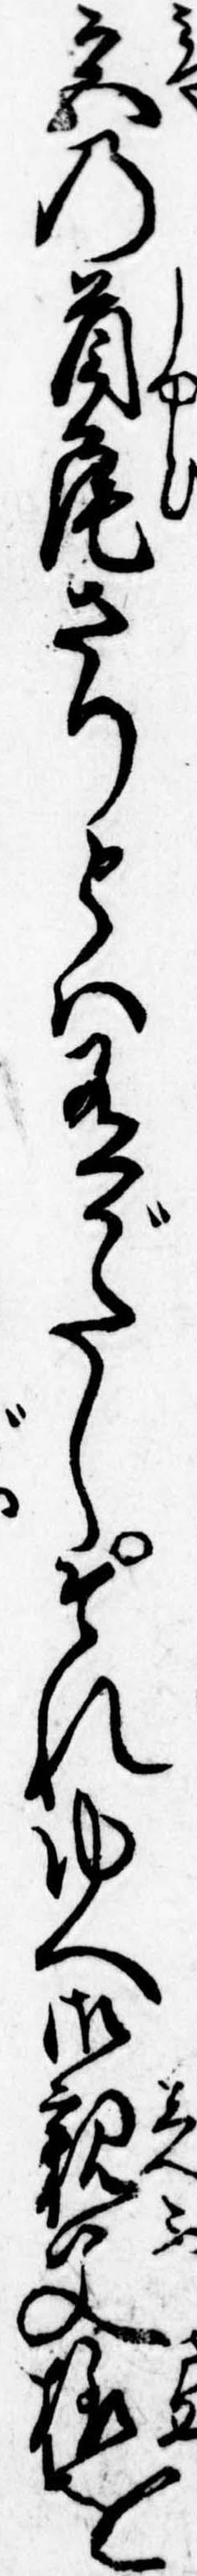
宮の首尾さりとは有がたしそれゆへ御親父様を